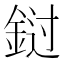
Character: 𰼭